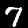
Label: 7